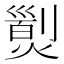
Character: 𤎁